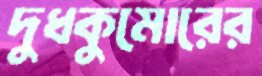
দুধকুমোরের